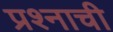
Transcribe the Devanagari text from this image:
प्रश्‍नाची